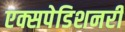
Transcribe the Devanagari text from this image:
एक्सपेडिशनरी